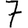
Digit: 7